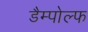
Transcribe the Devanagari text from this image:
डैम्पोल्फ